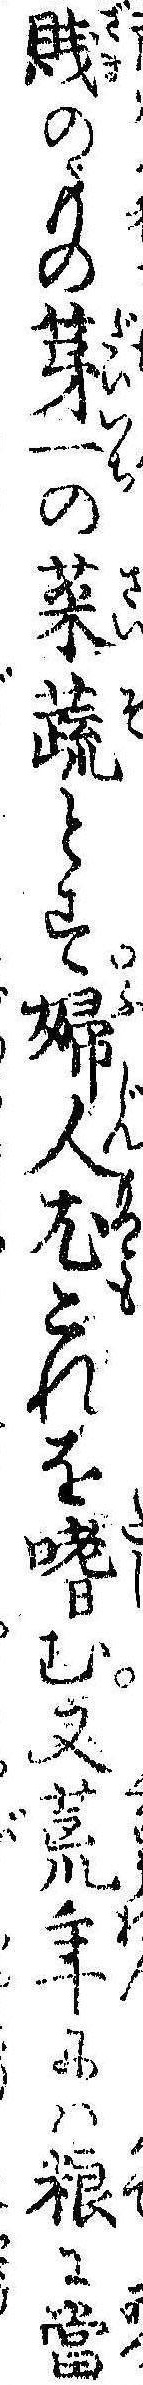
賎のもの第一の菜蔬とす婦人尤これを嗜む又荒年には糧に当